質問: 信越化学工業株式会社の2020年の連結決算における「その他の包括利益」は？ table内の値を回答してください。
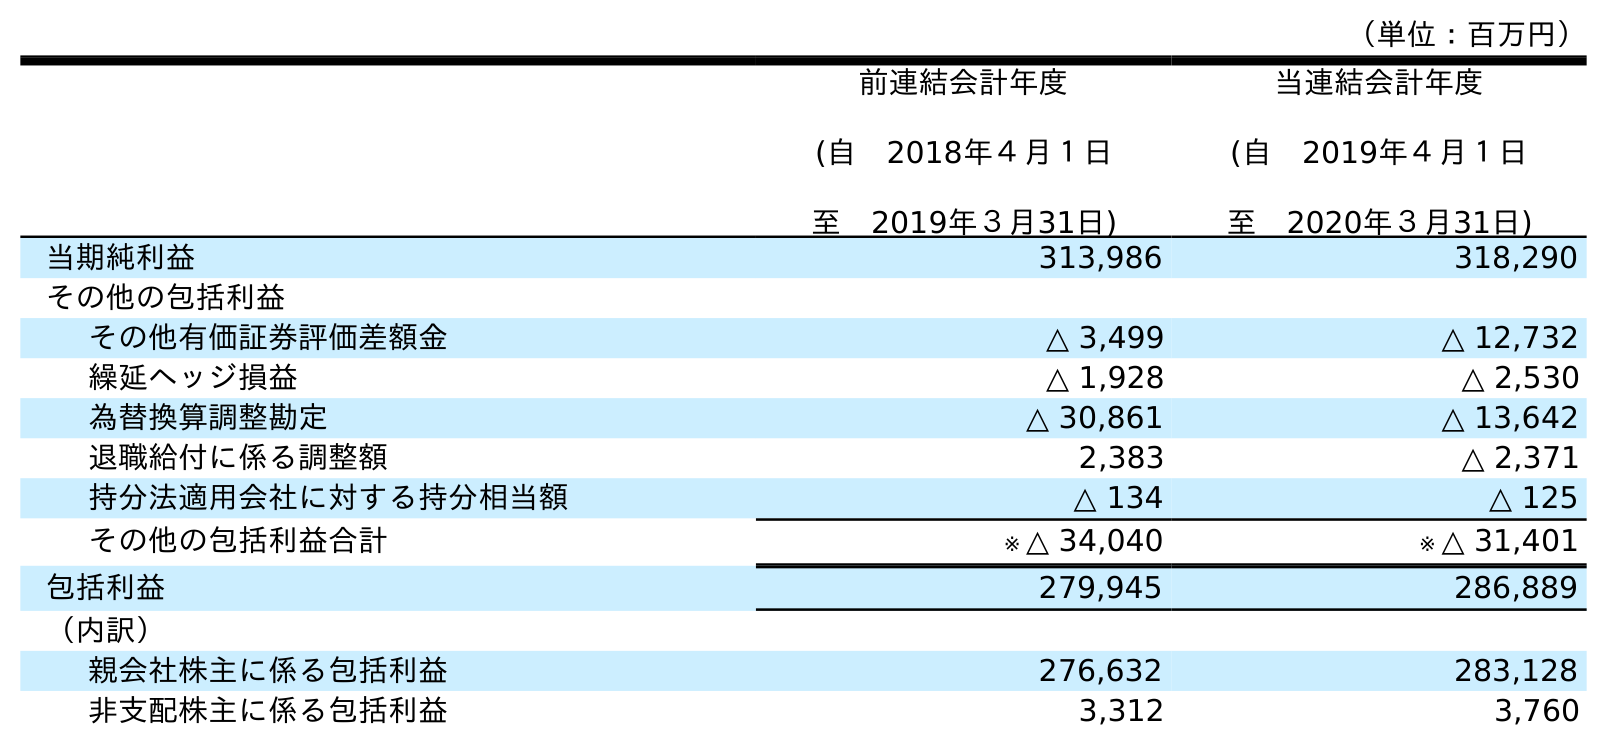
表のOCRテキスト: （単位：百万円） 前連結会計年度 (自 2018年４月１日 至 2019年３月31日) 当連結会計年度 (自 2019年４月１日 至 2020年３月31日) 当期純利益 313,986 318,290 その他の包括利益 その他有価証券評価差額金 △ 3,499 △ 12,732 繰延ヘッジ損益 △ 1,928 △ 2,530 為替換算調整勘定 △ 30,861 △ 13,642 退職給付に係る調整額 2,383 △ 2,371 持分法適用会社に対する持分相当額 △ 134 △ 125 その他の包括利益合計 ※ △ 34,040 ※ △ 31,401 包括利益 279,945 286,889 （内訳） 親会社株主に係る包括利益 276,632 283,128 非支配株主に係る包括利益 3,312 3,760
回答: ※△31,401